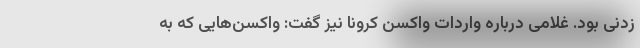
زدنی بود. غلامی درباره واردات واکسن کرونا نیز گفت: واکسن‌هایی که به